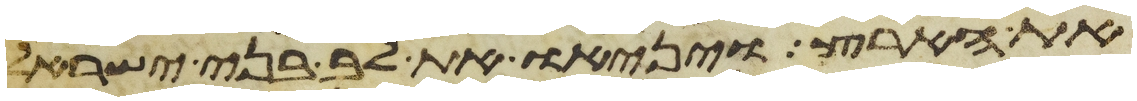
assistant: את הארץ ויניאו את לב בני ישראל